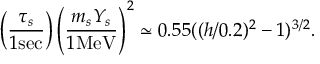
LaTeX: \left( \frac { \tau _ { s } } { 1 \mathrm { s e c } } \right) \left( \frac { m _ { s } Y _ { s } } { 1 \mathrm { M e V } } \right) ^ { 2 } \simeq 0 . 5 5 ( ( h / 0 . 2 ) ^ { 2 } - 1 ) ^ { 3 / 2 } .